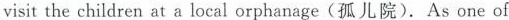
visit the children at a local orphanage (孤儿院). As one of